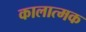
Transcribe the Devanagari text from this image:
कालात्मक